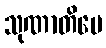
သုဏာတိပေ